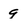
Character: 9